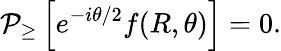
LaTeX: {\cal P}_{\geq}\left[e^{-i\theta/2}f(R,\theta)\right]=0.